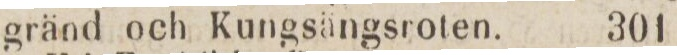
gränd och Kungsängsroten.    301